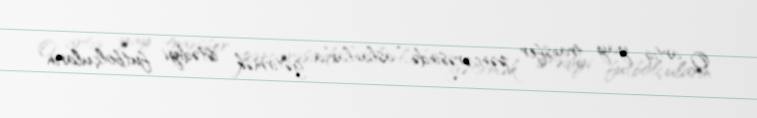
O, artıq yay transfer pəncərəsində “aslanlar”a gətirmək istədiyi futbolçuların